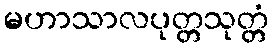
မဟာသာလပုတ္တသုတ္တံ